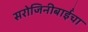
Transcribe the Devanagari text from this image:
सरोजिनीबाईंचा